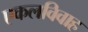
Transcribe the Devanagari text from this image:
एकलविवाह